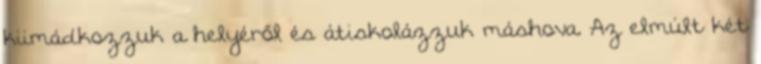
kiimádkozzuk a helyéről és átiskolázzuk máshova. Az elmúlt két